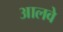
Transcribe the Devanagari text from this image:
आलवे